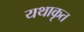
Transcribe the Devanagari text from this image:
यथाकृत